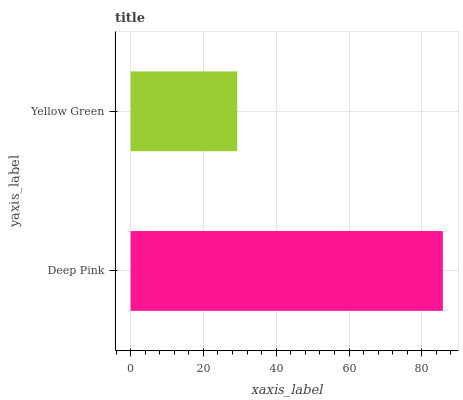
| yaxis_label | bars |
 | --- | --- |
 | Deep Pink | 85.8 |
 | Yellow Green | 29.3 |